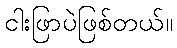
ငါးဖြာပဲဖြစ်တယ်။